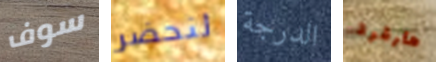
سوف لنحضر الدرجة هارفرد